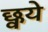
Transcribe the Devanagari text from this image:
छ्वये